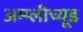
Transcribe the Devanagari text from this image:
अम्प्लीच्यूड